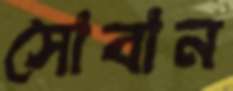
সোবান